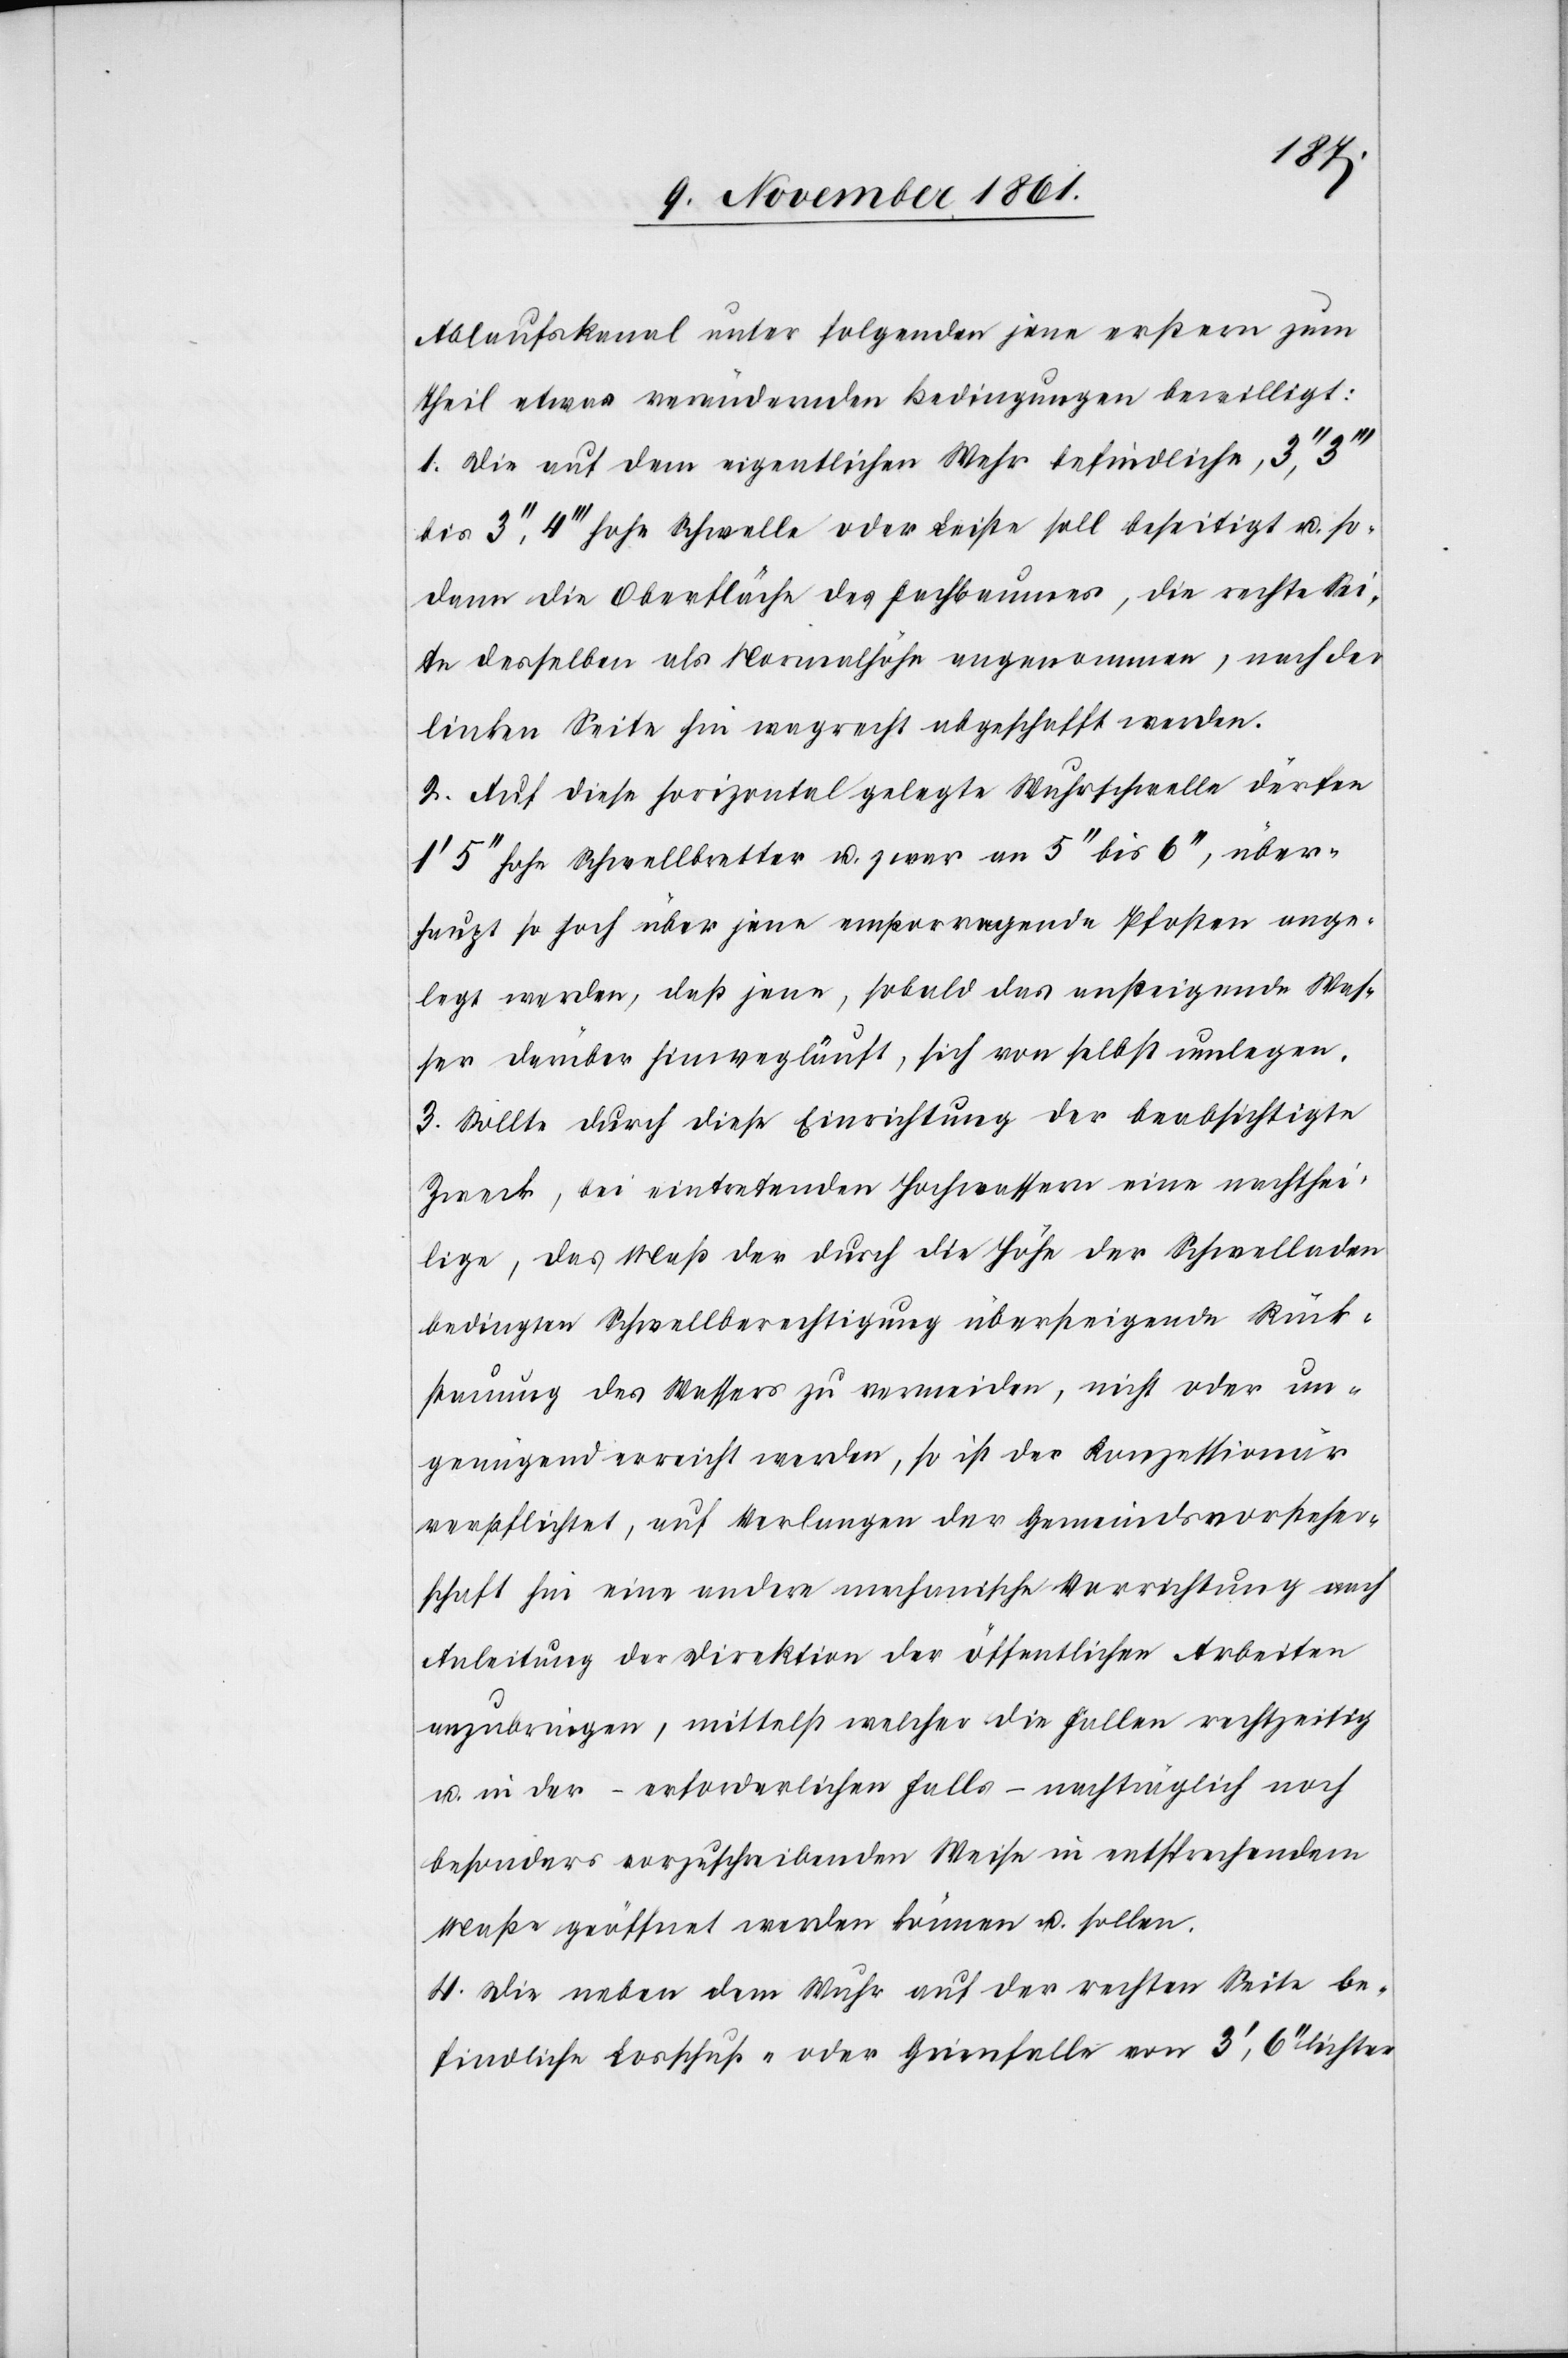
Ablaufskanal unter folgenden jene erstern zum
Theil etwas verändernden Bedingungen bewilligt:
1. Die auf dem eigentlichen Wehr befindliche, 3‘‘,
bis 3‘‘, 4‘‘‘ hohe Schwelle oder Leiste soll beseitigt u. so¬
dann die Oberfläche des Fachbaumes, die rechte Sei¬
te desselben als Normalhöhe angenommen, nach der
linken Seite hin wagrecht abgeschafft werden.
2. Auf diese horizontal gelegte Wuhrschwelle dürfen
1‘ 5‘‘ hohe Schwellbretter u. zwar an 5‘‘ bis 6‘‘, über¬
haupt so hoch über jene emporragende Pfosten ange¬
legt werden, daß jene, sobald das ansteigende Was¬
ser darüber hinwegläuft, sich von selbst umlegen.
3. Sollte durch diese Einrichtung der beabsichtigte
Zweck, bei eintretenden Hochwassern eine nachthei¬
lige, das Maß der durch die Höhe der Schwelladen
bedingten Schwellberechtigung übersteigende Rück¬
stauung des Wassers zu vermeiden, nicht oder un¬
genügend erreicht werden, so ist der Konzessionär
verpflichtet, auf Verlangen der Gemeindevorsteher¬
schaft hin ein andere mechanische Vorrichtung nach
Anleitung der Direktion der öffentlichen Arbeiten
anzubringen, mittelst welcher die Fallen rechtzeitig
u. in der – erforderlichen Falls – nachträglich noch
besonders vorzuschreibenden Weise in entsprechendem
Maße geöffnet werden können u. sollen.
4. Die neben dem Wuhr auf der rechten Seite be¬
findliche Losschuß- oder Grienfalle von 3‘, 6‘‘ lichter